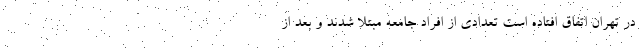
در تهران اتفاق افتاده است تعدادی از افراد جامعه مبتلا شدند و بعد از